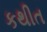
કથીત